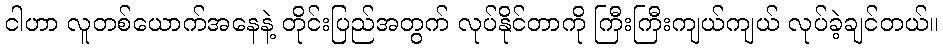
ငါဟာ လူတစ်ယောက်အနေနဲ့ တိုင်းပြည်အတွက် လုပ်နိုင်တာကို ကြီးကြီးကျယ်ကျယ် လုပ်ခဲ့ချင်တယ်။